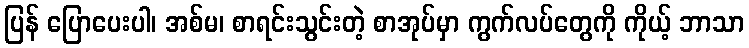
ပြန် ပြောပေးပါ၊ အစ်မ၊ စာရင်းသွင်းတဲ့ စာအုပ်မှာ ကွက်လပ်တွေကို ကိုယ့် ဘာသာ